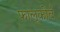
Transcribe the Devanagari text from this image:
फालूकोर्व